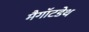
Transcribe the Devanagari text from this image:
मैगॉटडेथ